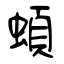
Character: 蝢